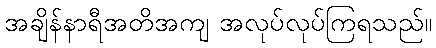
အချိန်နာရီအတိအကျ အလုပ်လုပ်ကြရသည်။